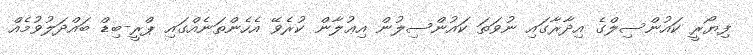
ފިޔޯރީ ކައުންސިލްގެ އިދާރާގައި ނުވަތަ ކައުންސިލުން އިޢުލާން ކުރެވޭ އެހެންތަނެއްގައި ޕްރީ-ބިޑް ބައްދަލުވުމެއް